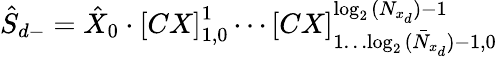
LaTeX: \hat{S}_{d-}=\hat{X}_{0}\cdot{[CX]}_{1,0}^{1}\cdots{[CX]}_{1\dots\bar{\log_{2}{(N_{x_{d}})}-1},0}^{\log_{2}{(N_{x_{d}})}-1}